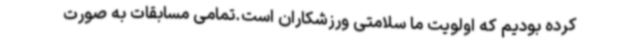
کرده بودیم که اولویت ما سلامتی ورزشکاران است.تمامی مسابقات به صورت